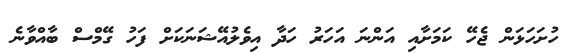
ހުށަހަޅަން ޖެހޭ ކަމަށާއި އަންނަ އަހަރު ހަދާ އިވެލުއޭޝަނަކަށް ފަހު ގޭމްސް ބާއްވާނެ